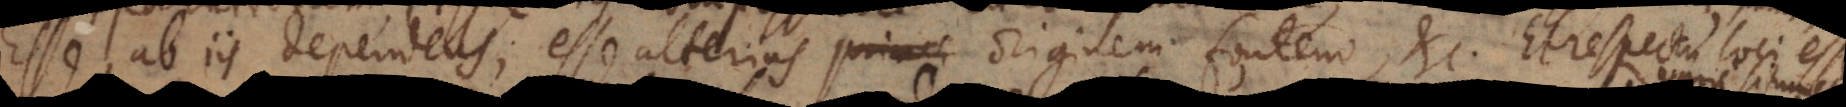
Esse ab iis dependens; esse alterius princi originem fontem, etc. Modi a